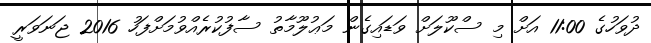
ދުވަހުގެ 11:00 އަށް މި ސްކޫލަށް ވަޑައިގެން މަޢުލޫމާތު ސާފުކުރެއްވުމަށްފަހު 2016 ޖަނަވަރީ